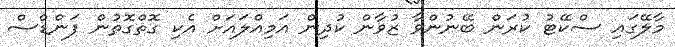
މާލޭގައި ސްކޭޓު ކުރަން ބޭނުންވާ ޒުވާން ކުދިން އަމިއްލައަށް އެކި ގޮތްގޮތުން ފަންޑްސް